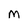
Character: M